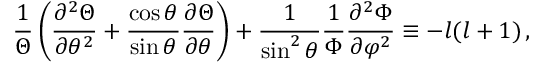
{ \frac { 1 } { \Theta } } \left( { \frac { \partial ^ { 2 } \Theta } { \partial \theta ^ { 2 } } } + { \frac { \cos \theta } { \sin \theta } } { \frac { \partial \Theta } { \partial \theta } } \right) + { \frac { 1 } { \sin ^ { 2 } \theta } } { \frac { 1 } { \Phi } } { \frac { \partial ^ { 2 } \Phi } { \partial \varphi ^ { 2 } } } \equiv - l ( l + 1 ) \, ,